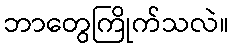
ဘာတွေကြိုက်သလဲ။